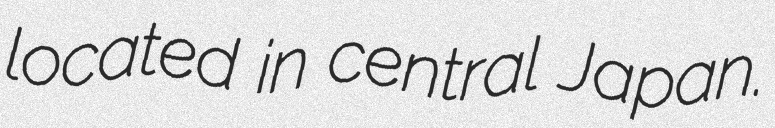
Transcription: located in central Japan.